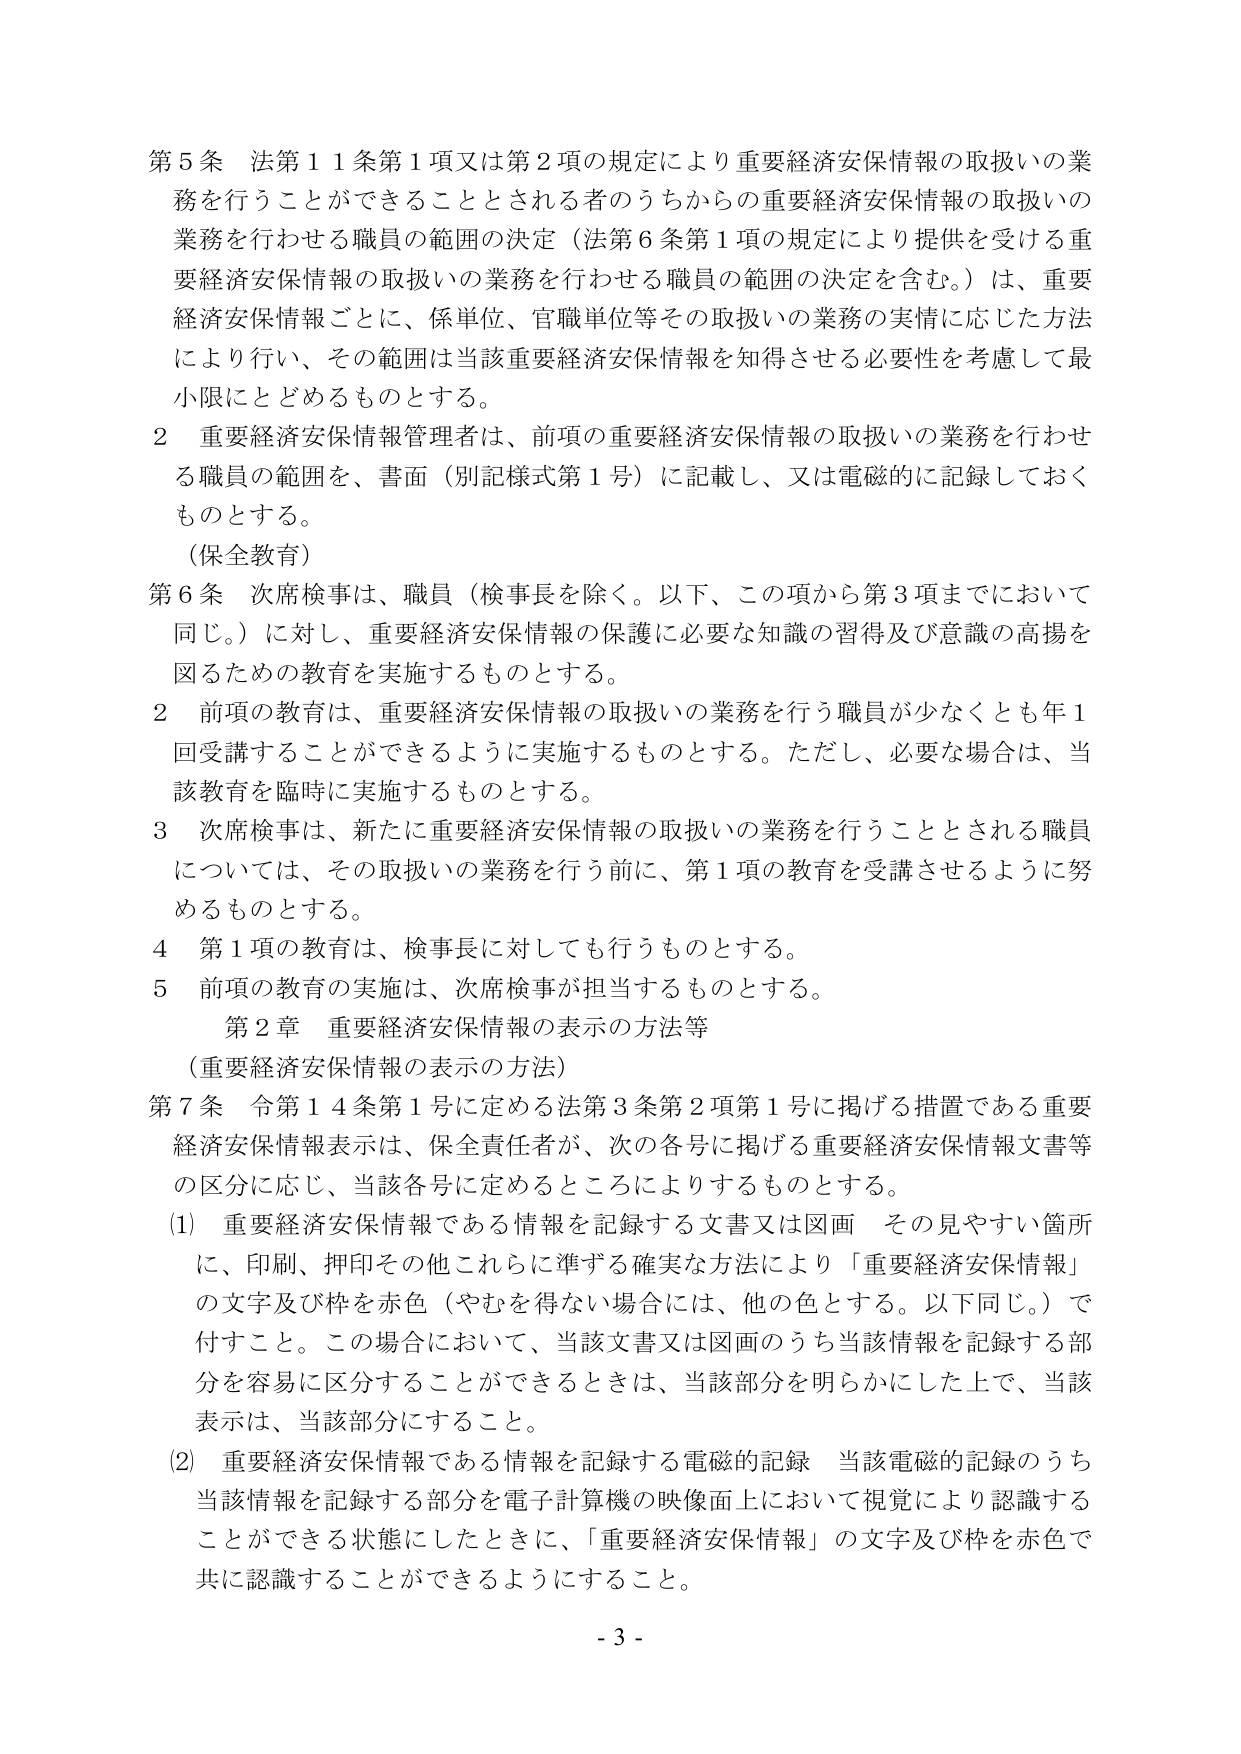
第５条 法第１１条第１項又は第２項の規定により重要経済安保情報の取扱いの業務を行うことができる 것으로される者のうちからの重要経済安保情報の取扱いの業務を行わせる職員の範囲の決定（法第６条第１項の規定により提供を受ける重要経済安保情報の取扱いの業務を行わせる職員の範囲の決定を含む。）は、重要経済安保情報ごとに、係単位、官職単位等その取扱いの業務の実情に応じた方法により行い、その範囲は当該重要経済安保情報を知得させる必要性を考慮して最小限にとどめるものとする。

２ 重要経済安保情報管理者は、前項の重要経済安保情報の取扱いの業務を行わせる職員の範囲を、書面（別記様式第１号）に記載し、又は電磁的に記録しておくものとする。

（保全教育）

第６条 次席検事は、職員（検事長を除く。以下、この項から第３項までにおいて同じ。）に対し、重要経済安保情報の保護に必要な知識の習得及び意識の高揚を図るための教育を実施するものとする。

２ 前項の教育は、重要経済安保情報の取扱いの業務を行う職員が少なくとも年１回受講することができるように実施するものとする。ただし、必要な場合は、当該教育を臨時に実施するものとする。

３ 次席検事は、新たに重要経済安保情報の取扱いの業務を行うこととされる職員については、その取扱いの業務を行う前に、第１項の教育を受講させるように努めるものとする。

４ 第１項の教育は、検事長に対しても行うものとする。

５ 前項の教育の実施は、次席検事が担当するものとする。

第２章 重要経済安保情報の表示の方法等

（重要経済安保情報の表示の方法）

第７条 令第１４条第１号に定める法第３条第２項第１号に掲げる措置である重要経済安保情報表示は、保全責任者が、次の各号に掲げる重要経済安保情報文書等の区分に応じ、当該各号に定めるところによりするものとする。

（1） 重要経済安保情報である情報を記録する文書又は図画 その見やすい箇所に、印刷、押印その他これらに準ずる確実な方法により「重要経済安保情報」の文字及び枠を赤色（やむを得ない場合には、他の色とする。以下同じ。）で付すこと。この場合において、当該文書又は図画のうち当該情報を記録する部分を容易に区分することができるときは、当該部分を明らかにした上で、当該表示は、当該部分にすること。

（2） 重要経済安保情報である情報を記録する電磁的記録 当該電磁的記録のうち当該情報を記録する部分を電子計算機の映像面上において視覚により認識することができる状態にしたときに、「重要経済安保情報」の文字及び枠を赤色で共に認識することができるようにすること。

- 3 -